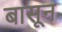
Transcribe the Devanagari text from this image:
बासून